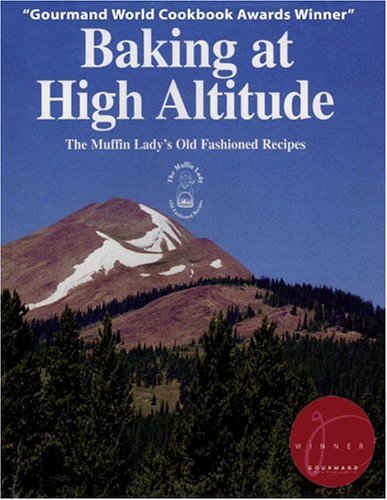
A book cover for Baking at High Altitude/the Muffin Lady's Old Fashioned Recipes: The Muffin Lady's Old Fashioned Recipes; Randi Lee Levin; Cookbooks, Food & Wine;